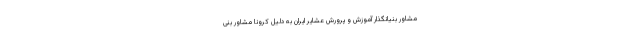
مشاور بنیانگذار آموزش و پرورش عشایر ایران به دلیل کرونا مشاور بنی